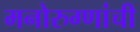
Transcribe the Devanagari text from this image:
मनोरुग्णांची